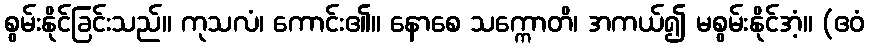
စွမ်းနိုင်ခြင်းသည်။ ကုသလံ၊ ကောင်း၏။ နောစေ သက္ကောတိ၊ အကယ်၍ မစွမ်းနိုင်အံ့။ (ဧဝံ